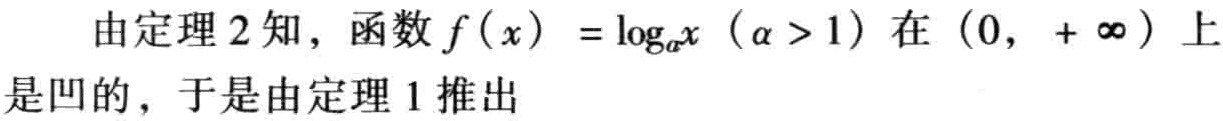
由定理 2 知，函数 \(f(x)=\log_{a}x\ (a > 1)\) 在 \((0,+\infty)\) 上是凹的，于是由定理 1 推出